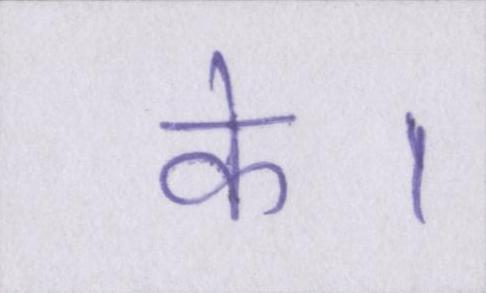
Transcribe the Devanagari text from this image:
के।